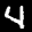
Label: 4